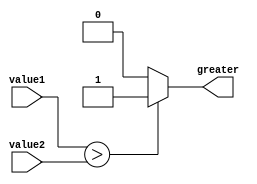
module greater_than_comparator (
    input [7:0] value1,
    input [7:0] value2,
    output greater
);

reg greater;

always @ (*) begin
    if (value1 > value2)
        greater = 1;
    else
        greater = 0;
end

endmodule